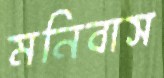
মনিবাস